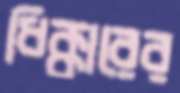
ধিক্কারের